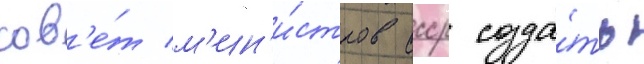
сов'е́т м'ин'и́стров ссср созда́ть